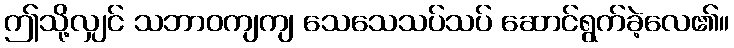
ဤသို့လျှင် သဘာဝကျကျ သေသေသပ်သပ် ဆောင်ရွက်ခဲ့လေ၏။